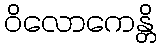
ဝိလောကေန္တိ